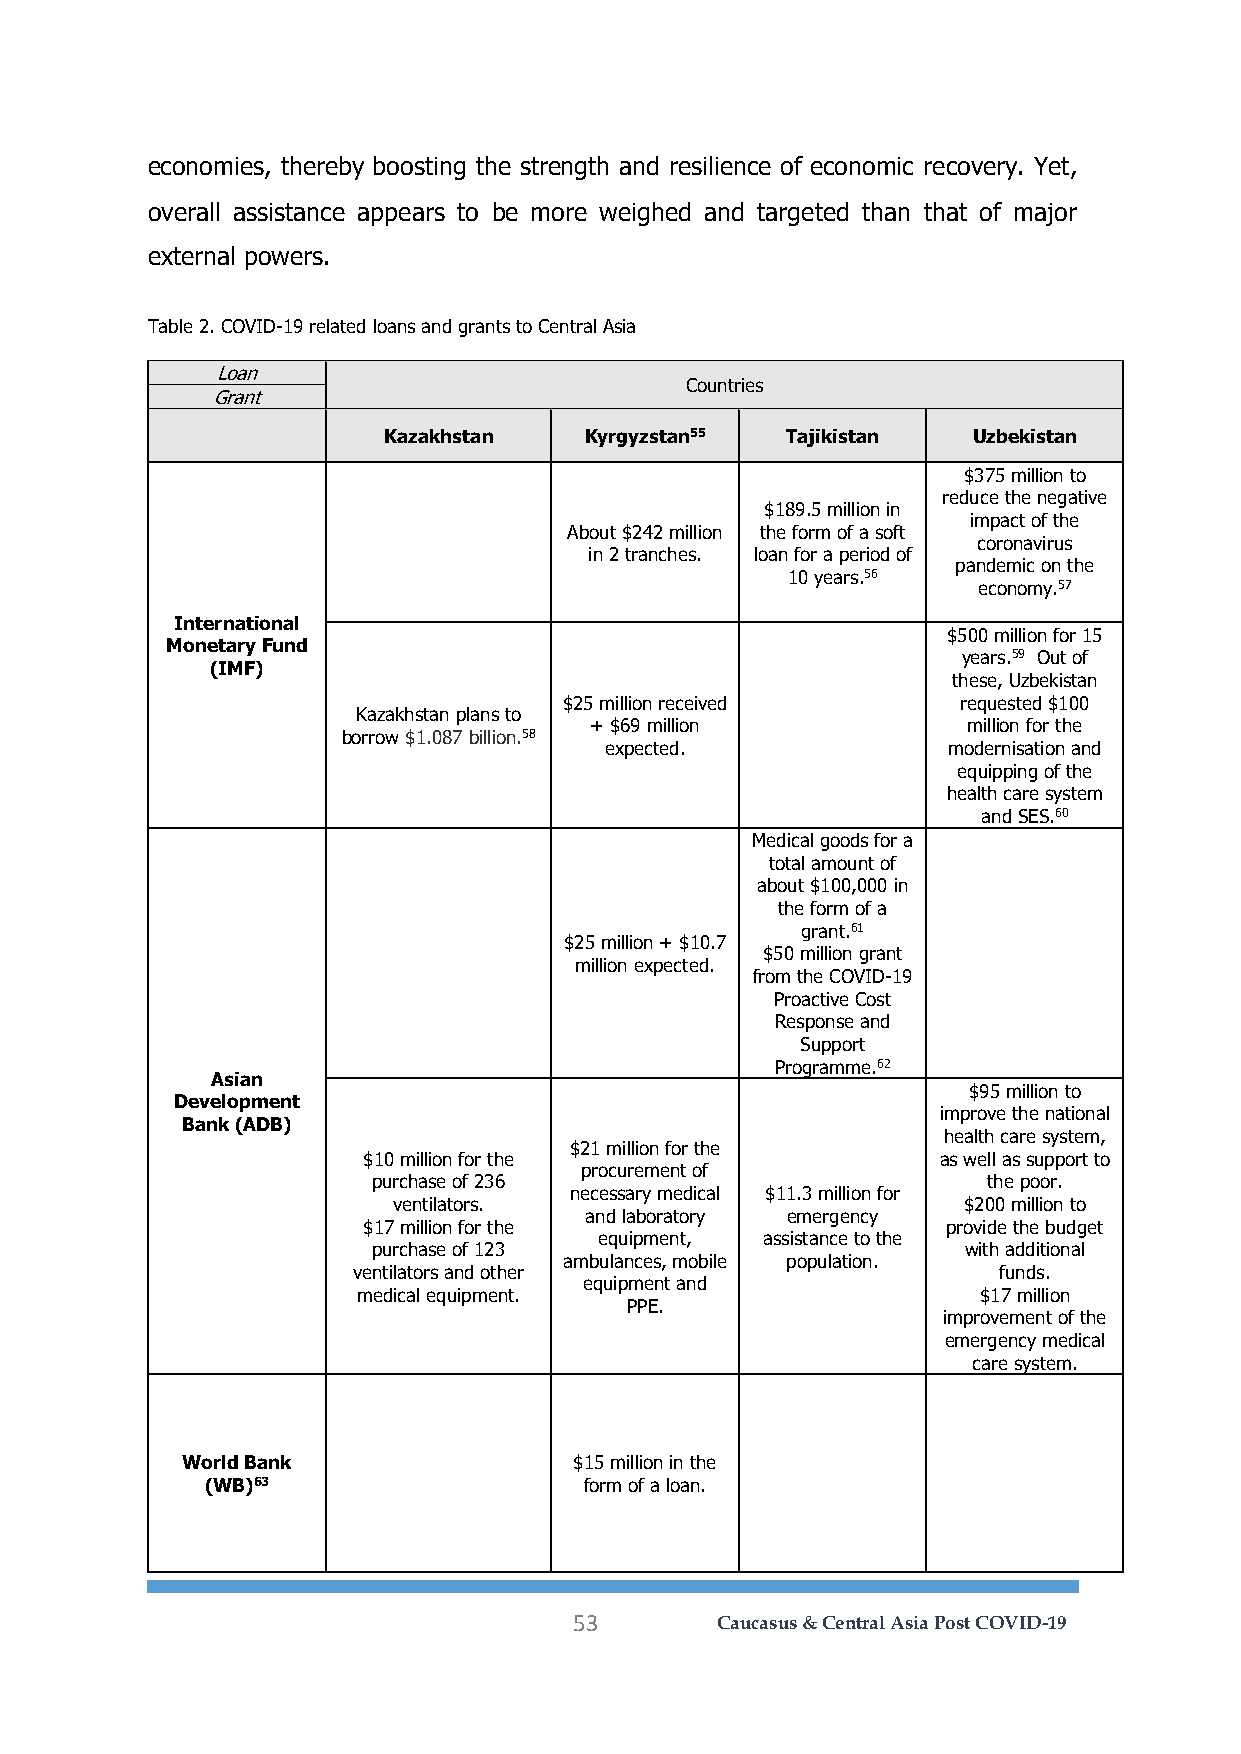
economies, thereby boosting the strength and resilience of economic recovery. Yet,
 overall assistance appears to be more weighed and targeted than that of major
 external powers.
 Table 2. COVID-19 related loans and grants to Central Asia
 Loan
 Countries
 Grant
 Kazakhstan    Kyrgyzstan55 Tajikistan  Uzbekistan
 $375 million to
 reduce the negative
 $189.5 million in
 impact of the
 About $242 million the form of a soft
 coronavirus
 in 2 tranches. loan for a period of
 pandemic on the
 10 years.56
 economy.57
 International
 $500 million for 15
 Monetary Fund
 years.59 Out of
 (IMF)
 these, Uzbekistan
 $25 million received       requested $100
 Kazakhstan plans to
 + $69 million            million for the
 borrow $1.087 billion.58
 expected.              modernisation and
 equipping of the
 health care system
 and SES.60
 Medical goods for a
 total amount of
 about $100,000 in
 the form of a
 grant.61
 $25 million + $10.7
 $50 million grant
 million expected.
 from the COVID-19
 Proactive Cost
 Response and
 Support
 Programme.62
 Asian
 $95 million to
 Development
 improve the national
 Bank (ADB)
 health care system,
 $21 million for the
 $10 million for the                   as well as support to
 procurement of
 purchase of 236                         the poor.
 necessary medical $11.3 million for
 ventilators.                          $200 million to
 and laboratory emergency
 $17 million for the                    provide the budget
 equipment, assistance to the
 purchase of 123                        with additional
 ambulances, mobile population.
 ventilators and other                      funds.
 equipment and
 medical equipment.                       $17 million
 PPE.
 improvement of the
 emergency medical
 care system.
 World Bank                $15 million in the
 (WB)63                   form of a loan.
 53       Caucasus & Central Asia Post COVID-19